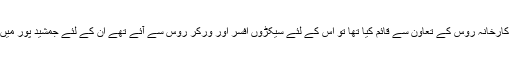
اور جب پنڈت نہرو نے جمشید پور میں ایک بہت بڑا فولاد کا کارخانہ روس کے تعاون سے قائم کیا تھا تو اس کے لئے سیکڑوں افسر اور ورکر روس سے آئے تھے ان کے لئے جمشید پور میں گائے کاٹنے کی سرکار کی طرف سے اجازت دی گئی تھی۔